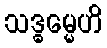
သဒ္ဓမ္မေဟိ